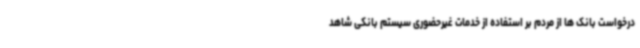
درخواست بانک ها از مردم بر استفاده از خدمات غیرحضوری سیستم بانکی شاهد